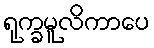
ရုက္ခမူလိကာပေ